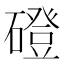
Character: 磴